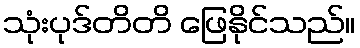
သုံးပုဒ်တိတိ ဖြေနိုင်သည်။